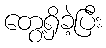
တွေ့ရှိခဲ့ပြီး